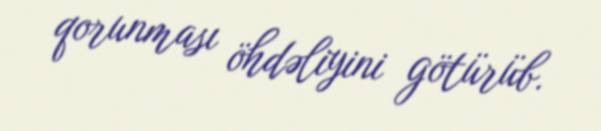
qorunması öhdəliyini götürüb.